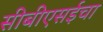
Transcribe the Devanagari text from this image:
सीबीएसईचा